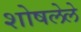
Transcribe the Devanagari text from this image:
शोषलेले